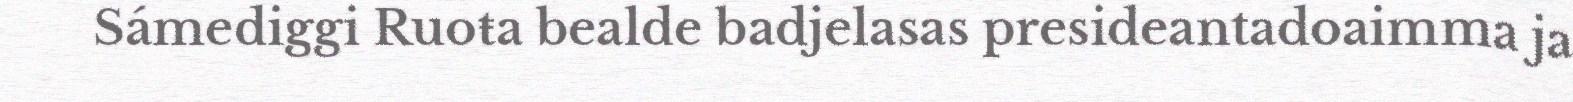
Sámediggi Ruoŧa bealde badjelasas presideantadoaimma ja